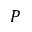
P